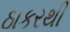
ઠાકરથી